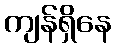
ကျန်ရှိနေ